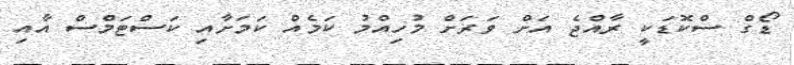
ޑޯގް ސްކޮޑަކީ ރާއްޖެ އަށް ވަރަށް މުހިއްމު ކަމެއް ކަމަށާއި ކަސްޓަމްސް އާއި